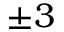
\pm 3